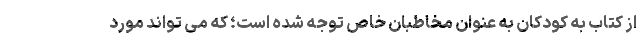
از کتاب به کودکان به عنوان مخاطبان خاص توجه شده است؛ که می تواند مورد